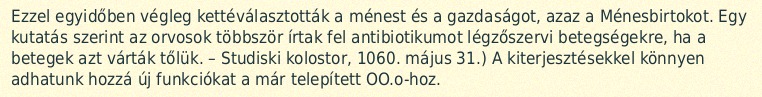
Ezzel egyidőben végleg kettéválasztották a ménest és a gazdaságot, azaz a Ménesbirtokot. Egy kutatás szerint az orvosok többször írtak fel antibiotikumot légzőszervi betegségekre, ha a betegek azt várták tőlük. – Studiski kolostor, 1060. május 31.) A kiterjesztésekkel könnyen adhatunk hozzá új funkciókat a már telepített OO.o-hoz.